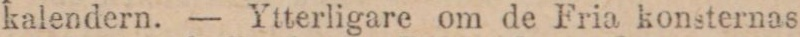
kalendern. — Ytterligare om de Fria konsternas